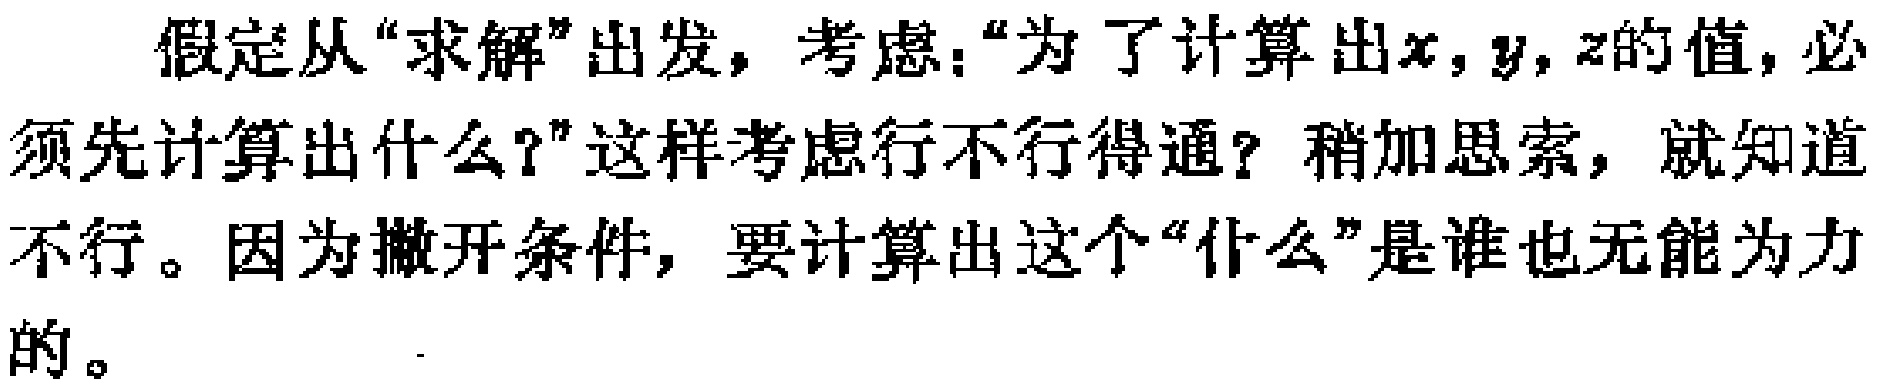
假定从“求解”出发，考虑：“为了计算出\(x,y,z\)的值，必须先计算出什么？”这样考虑行不行得通？稍加思索，就知道不行。因为撇开条件，要计算出这个“什么”是谁也无能为力的。